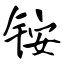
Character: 铵